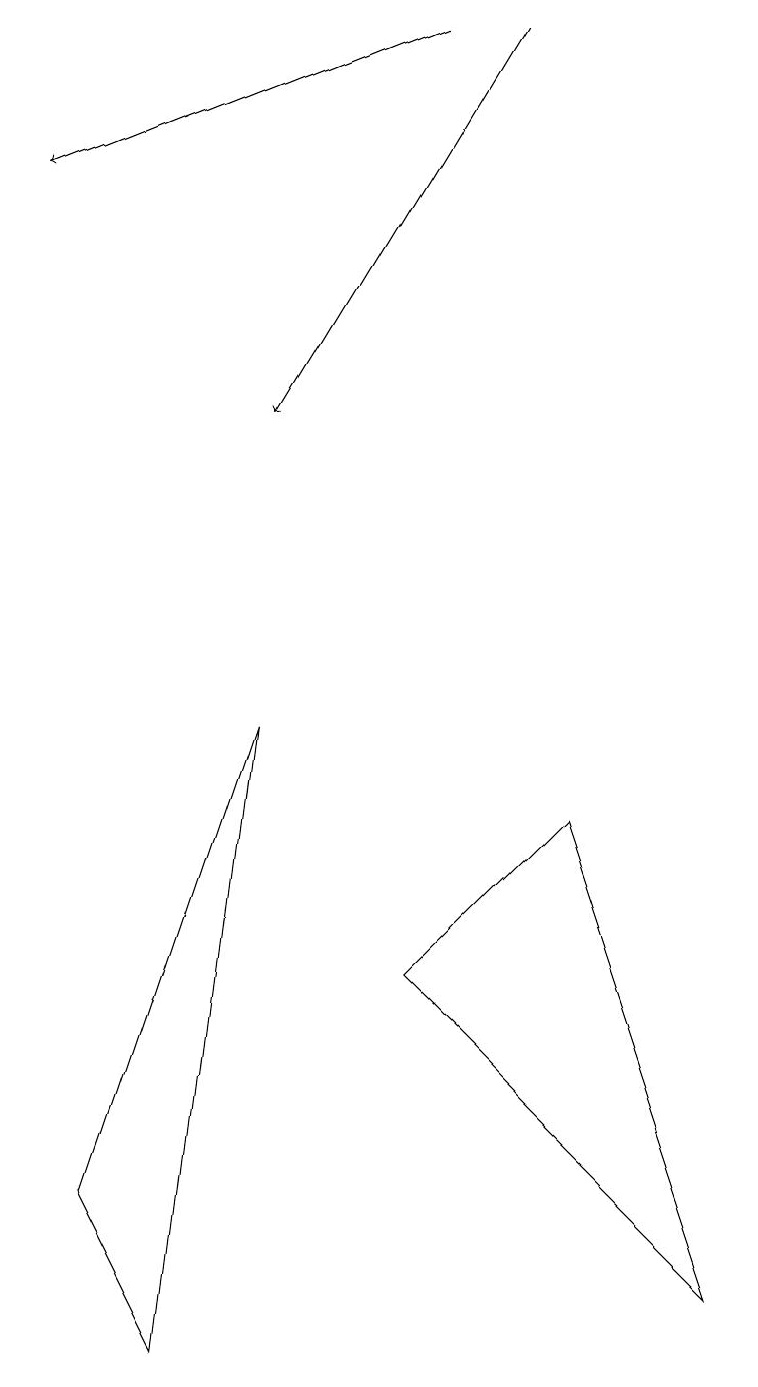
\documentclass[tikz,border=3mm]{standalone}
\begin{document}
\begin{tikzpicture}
\draw[->] (6,17) -- (3,12);
\draw (5,5) -- (9,1) -- (7,7) -- cycle;
\draw (2,0) -- (3,8) -- (1,2) -- cycle;
\draw[->] (5,17) -- (0,15);
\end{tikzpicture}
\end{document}